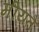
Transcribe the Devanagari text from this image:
मीयते